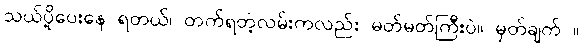
သယ်ပို့ပေးနေ ရတယ်၊ တက်ရတဲ့လမ်းကလည်း မတ်မတ်ကြီးပဲ။ မှတ်ချက် ။